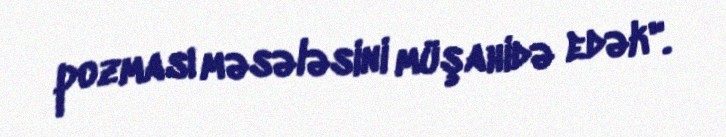
pozması məsələsini müşahidə edək".